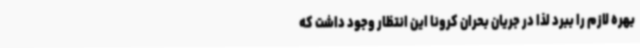
بهره لازم را ببرد لذا در جریان بحران کرونا این انتظار وجود داشت که